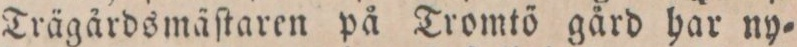
Trägårdsmäſtaren på Tromtö gård har ny=